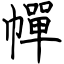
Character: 幝